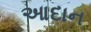
આદાન